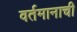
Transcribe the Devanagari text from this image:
वर्तमानाची